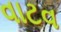
વાટવ